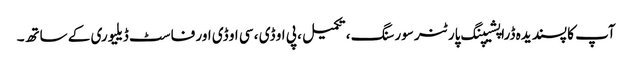
آپ کا پسندیدہ ڈراپشیپنگ پارٹنر سورسنگ ، تکمیل ، پی او ڈی ، سی او ڈی اور فاسٹ ڈیلیوری کے ساتھ۔